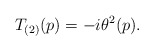
\begin{align*}T_{(2)}(p)=-i\theta ^{2}(p). \end{align*}